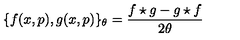
\{ f ( x , p ) , g ( x , p ) \} _ { \theta } = \frac { f \star g - g \star f } { 2 \theta }